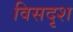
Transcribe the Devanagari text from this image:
विसदृश